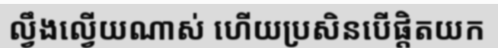
ល្វឹងល្វើយណាស់ ហើយប្រសិនបើផ្តិតយក